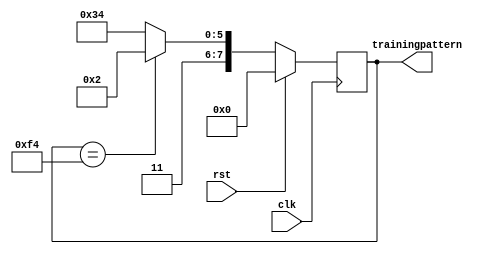
module RCB_FRL_TrainingPattern_1(
		input	clk,
		input	rst,
		output reg [7:0]	trainingpattern
	);
	always @ (posedge clk) begin
		if(rst) begin
			trainingpattern <= 8'h00;
		end else begin
			if(trainingpattern == 8'hf4)
				trainingpattern <= 8'hc2;
			else
				trainingpattern <= 8'hf4;
		end
	end
endmodule